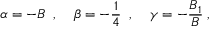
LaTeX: \alpha = - B \; \; , \; \; \; \; \beta = - \frac { 1 } { 4 } \; \; , \; \; \; \; \gamma = - \frac { B _ { 1 } } { B } \; ,